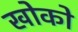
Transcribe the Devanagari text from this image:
खोको